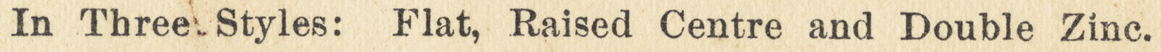
In Three Styles: Flat, Raised Centre and Double Zine.